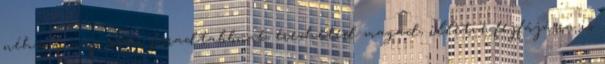
néhány nap során fáradtabbnak érezheted magad, illetve fejfájásra is